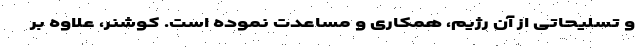
و تسلیحاتی از آن رژیم، همکاری و مساعدت نموده است. کوشنر، علاوه بر